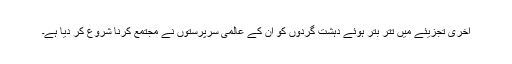
آخری تجزیئے میں تتر بتر ہوئے دہشت گردوں کو ان کے عالمی سرپرستوں نے مجتمع کرنا شروع کر دیا ہے۔